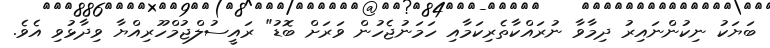
ބަޔަކު ނިކުންނައިރު ދިމާވާ ނުރައްކާތެރިކަމާއި ހަމަނުޖެހުން ވަރަށް ބޮޑު" ރައީސުލްޖުމްހޫރިއްޔާ ވިދާޅުވި އެވެ.